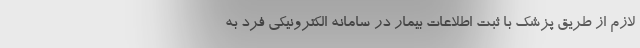
لازم از طریق پزشک با ثبت اطلاعات بیمار در سامانه الکترونیکی فرد به